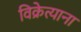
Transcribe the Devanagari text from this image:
विक्रेत्याना